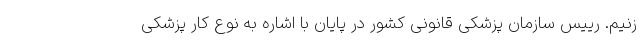
زنیم. رییس سازمان پزشکی قانونی کشور در پایان با اشاره به نوع کار پزشکی